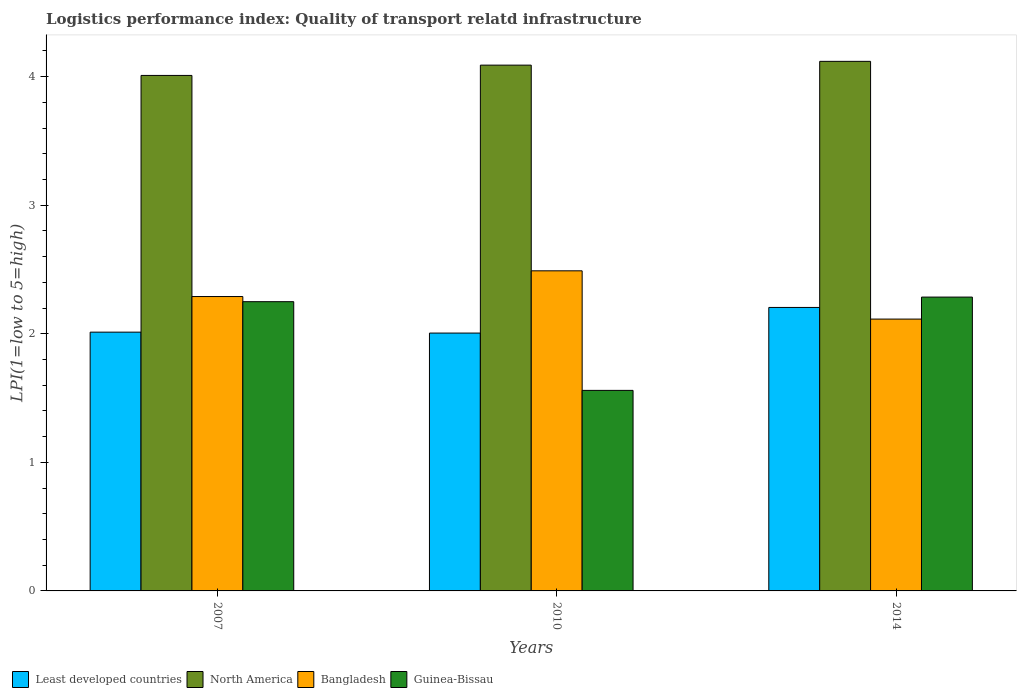
| Years | Least developed countries | North America | Bangladesh | Guinea-Bissau |
 | --- | --- | --- | --- | --- |
 | 2007 | 2.01 | 4.01 | 2.29 | 2.25 |
 | 2010 | 2.01 | 4.09 | 2.49 | 1.56 |
 | 2014 | 2.21 | 4.12 | 2.11 | 2.29 |